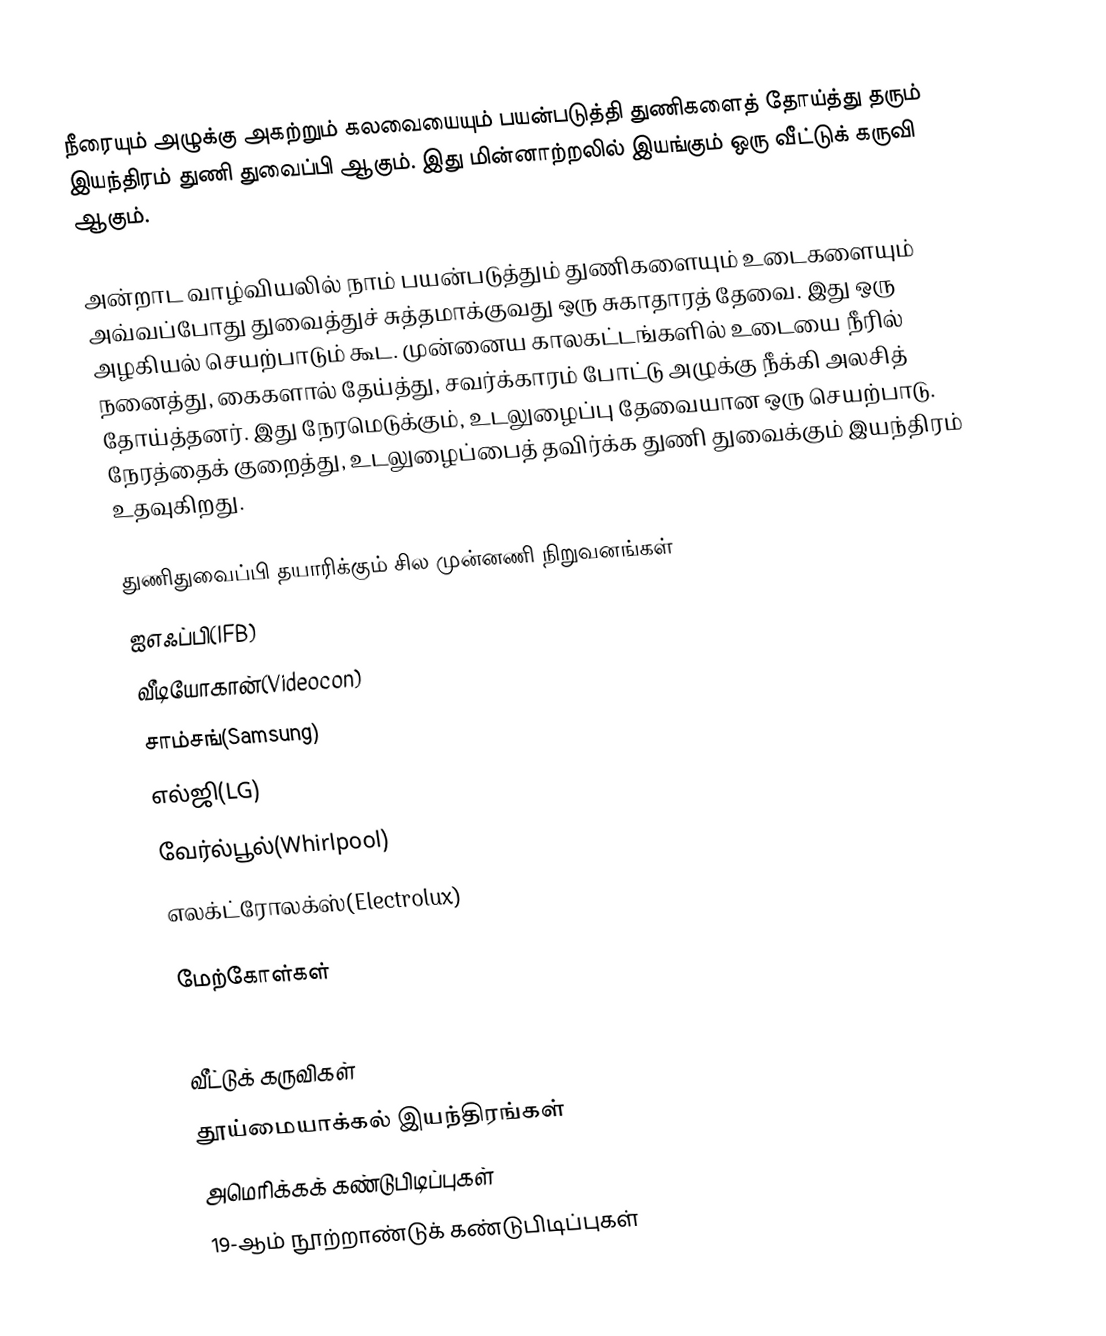
நீரையும் அழுக்கு அகற்றும் கலவையையும் பயன்படுத்தி துணிகளைத் தோய்த்து தரும் இயந்திரம் துணி துவைப்பி ஆகும். இது மின்னாற்றலில் இயங்கும் ஒரு வீட்டுக் கருவி ஆகும்.

அன்றாட வாழ்வியலில் நாம் பயன்படுத்தும் துணிகளையும் உடைகளையும் அவ்வப்போது துவைத்துச் சுத்தமாக்குவது ஒரு சுகாதாரத் தேவை. இது ஒரு அழகியல் செயற்பாடும் கூட. முன்னைய காலகட்டங்களில் உடையை நீரில் நனைத்து, கைகளால் தேய்த்து, சவர்க்காரம் போட்டு அழுக்கு நீக்கி அலசித் தோய்த்தனர். இது நேரமெடுக்கும், உடலுழைப்பு தேவையான ஒரு செயற்பாடு. நேரத்தைக் குறைத்து, உடலுழைப்பைத் தவிர்க்க துணி துவைக்கும் இயந்திரம் உதவுகிறது.

துணிதுவைப்பி தயாரிக்கும் சில முன்னணி நிறுவனங்கள்
 ஐஎஃப்பி(IFB)
 வீடியோகான்(Videocon)
 சாம்சங்(Samsung)
 எல்ஜி(LG)
 வேர்ல்பூல்(Whirlpool)
 எலக்ட்ரோலக்ஸ்(Electrolux)

மேற்கோள்கள்

வீட்டுக் கருவிகள்
தூய்மையாக்கல் இயந்திரங்கள்
அமெரிக்கக் கண்டுபிடிப்புகள்
19-ஆம் நூற்றாண்டுக் கண்டுபிடிப்புகள்